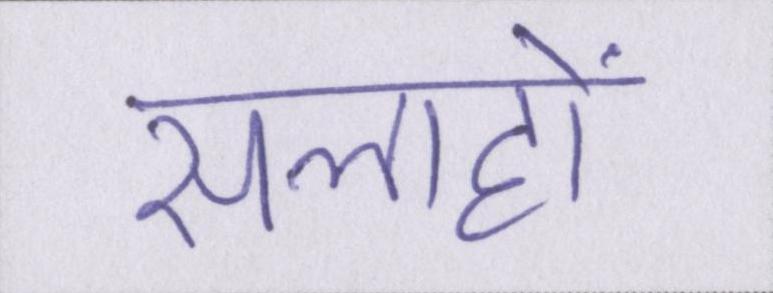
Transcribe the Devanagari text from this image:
सलाहों